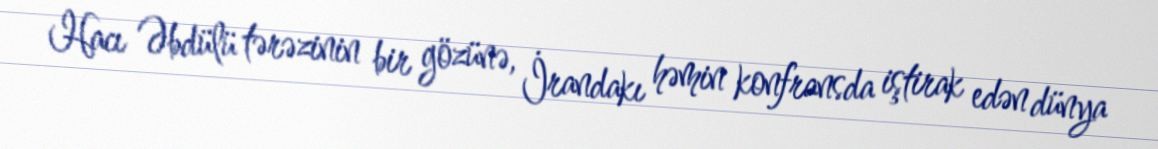
Hacı Əbdülü tərəzinin bir gözünə, İrandakı həmin konfransda iştirak edən dünya